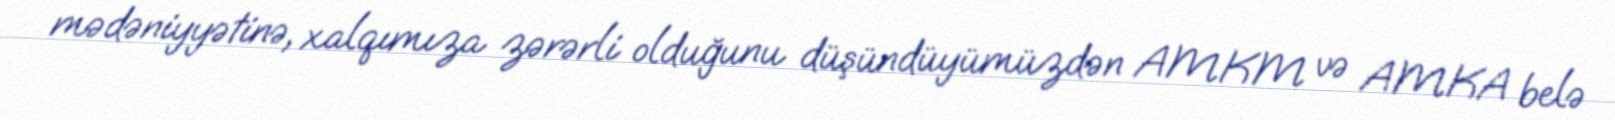
mədəniyyətinə, xalqımıza zərərli olduğunu düşündüyümüzdən AMKM və AMKA belə